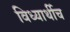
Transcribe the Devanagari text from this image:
विध्यार्थीच